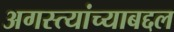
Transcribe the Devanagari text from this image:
अगस्त्यांच्याबद्दल